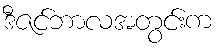
ဒီဇင်ဘာလအတွင်းက